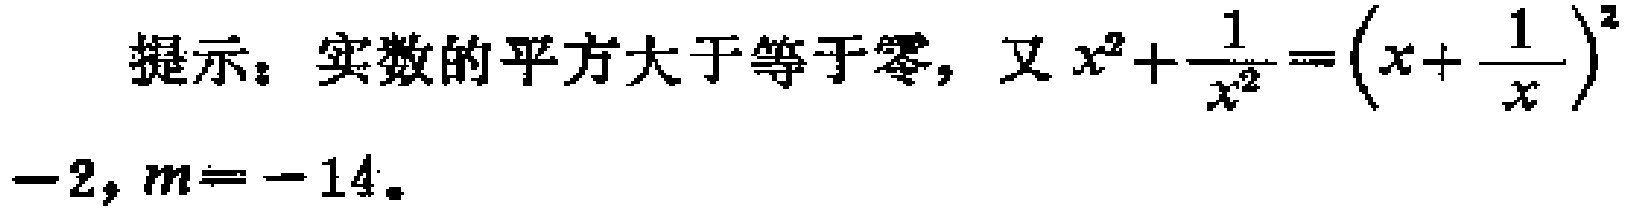
提示：实数的平方大于等于零，又 \(x^{2}+\frac{1}{x^{2}}=\left(x + \frac{1}{x}\right)^{2}-2\)，\(m = - 14\)。